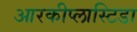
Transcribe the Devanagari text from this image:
आरकीप्लास्टिडा